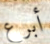
أبرع